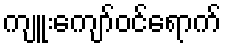
ကျူးကျော်ဝင်ရောက်